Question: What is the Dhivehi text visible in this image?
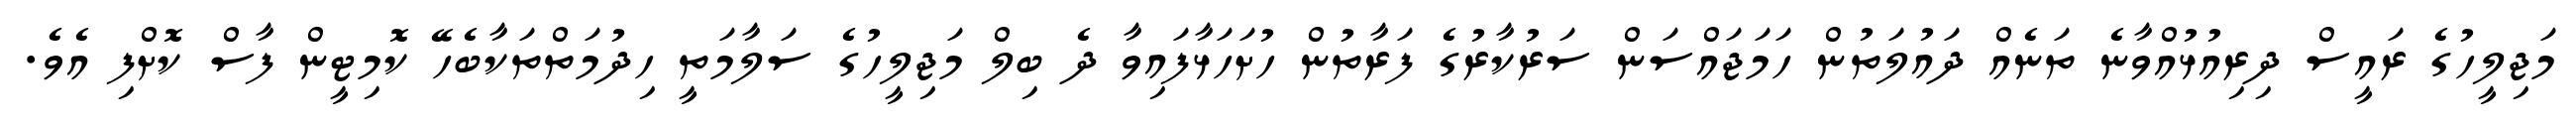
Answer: މަޖިލީހުގެ ރައީސް ދިރިއުޅުއްވާނެ ތަނެއް ދައުލަތުން ހަމަޖައްސަން ސަރުކާރުގެ ފަރާތުން ހުށަހަޅާފައިވާ ދެ ބިލް މަޖިލީހުގެ ސަލާމަތީ ހިދުމަތްތަކާބެހޭ ކޮމިޓީން ފާސް ކޮށްފި އެވެ.